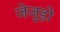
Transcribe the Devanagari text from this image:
जेजुड़ो